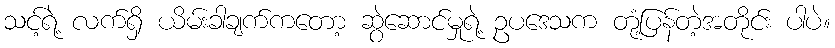
သင့်ရဲ့ လက်ရှိ ယိမ်းခါချက်ကတော့ ဆွဲဆောင်မှုရဲ့ ဥပဒေသက တုံ့ပြန်တဲ့အတိုင်း ပါပဲ။